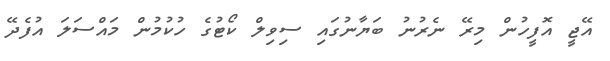
އޭޖީ އޮފީހުން މިރޭ ނެރުނު ބަޔާނުގައި ސިވިލް ކޯޓުގެ ހުކުމުން މައްސަލަ އުފެދޭ